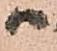
候